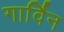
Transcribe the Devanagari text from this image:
गार्विन